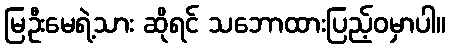
မြဦးမေရဲ့သား ဆိုရင် သဘောထားပြည့်ဝမှာပါ။